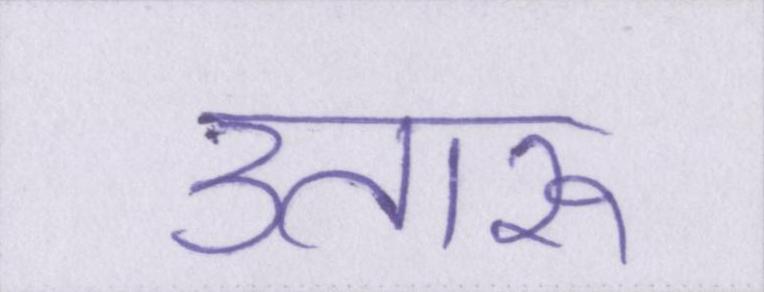
उतारू